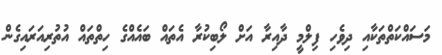
މަސައްކަތްތަކާއި ދިވެހި ފިލްމީ ދާއިރާ އަށް ލޯބިކުރާ އެތައް ބައެއްގެ ހިތްތައް އުތުރިއަރައިގެން